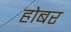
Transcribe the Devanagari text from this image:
होबर